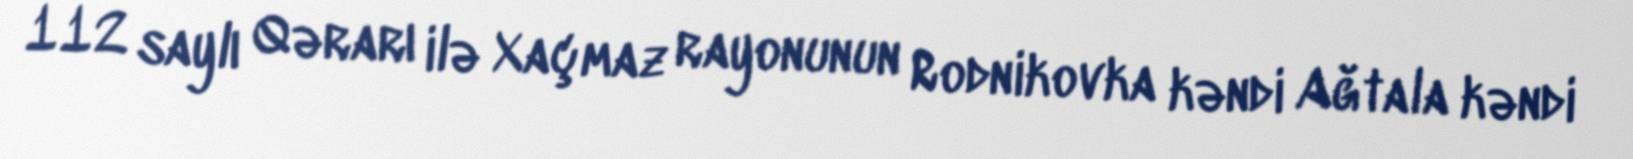
112 saylı Qərarı ilə Xaçmaz rayonunun Rodnikovka kəndi Ağtala kəndi